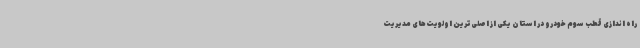
راه اندازی قطب سوم خودرو در استان یکی از اصلی‌ترین اولویت‌های مدیریت